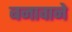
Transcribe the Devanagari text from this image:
बनावाने